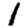
Digit: 1